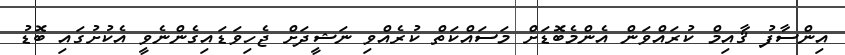
އިންސާފު ޤާއިމް ކުރައްވަން އެންމެބޮޑަށް މަސައްކަތް ކުރެއްވި ނަޝީދަށް ޖެހިވަޑައިގެންނެވީ އެކުށުގައި ބޮޑު